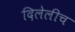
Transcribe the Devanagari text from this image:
दिलेलीच